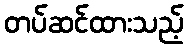
တပ်ဆင်ထားသည့်